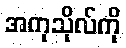
အကုသိုလ်ကို